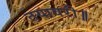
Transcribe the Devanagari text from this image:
तयावरी॥